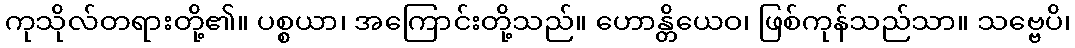
ကုသိုလ်တရားတို့၏။ ပစ္စယာ၊ အကြောင်းတို့သည်။ ဟောန္တိယေဝ၊ ဖြစ်ကုန်သည်သာ။ သဗ္ဗေပိ၊